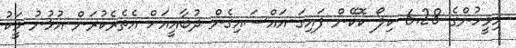
މިމީހުންގެ 6.28 ކިލޯ ކޮކޭން ފައިގަ އައްސައިގެން ދުބާއީއަށް އެތެރެކުރަން އުޅުނު މީަކު